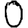
Digit: 0